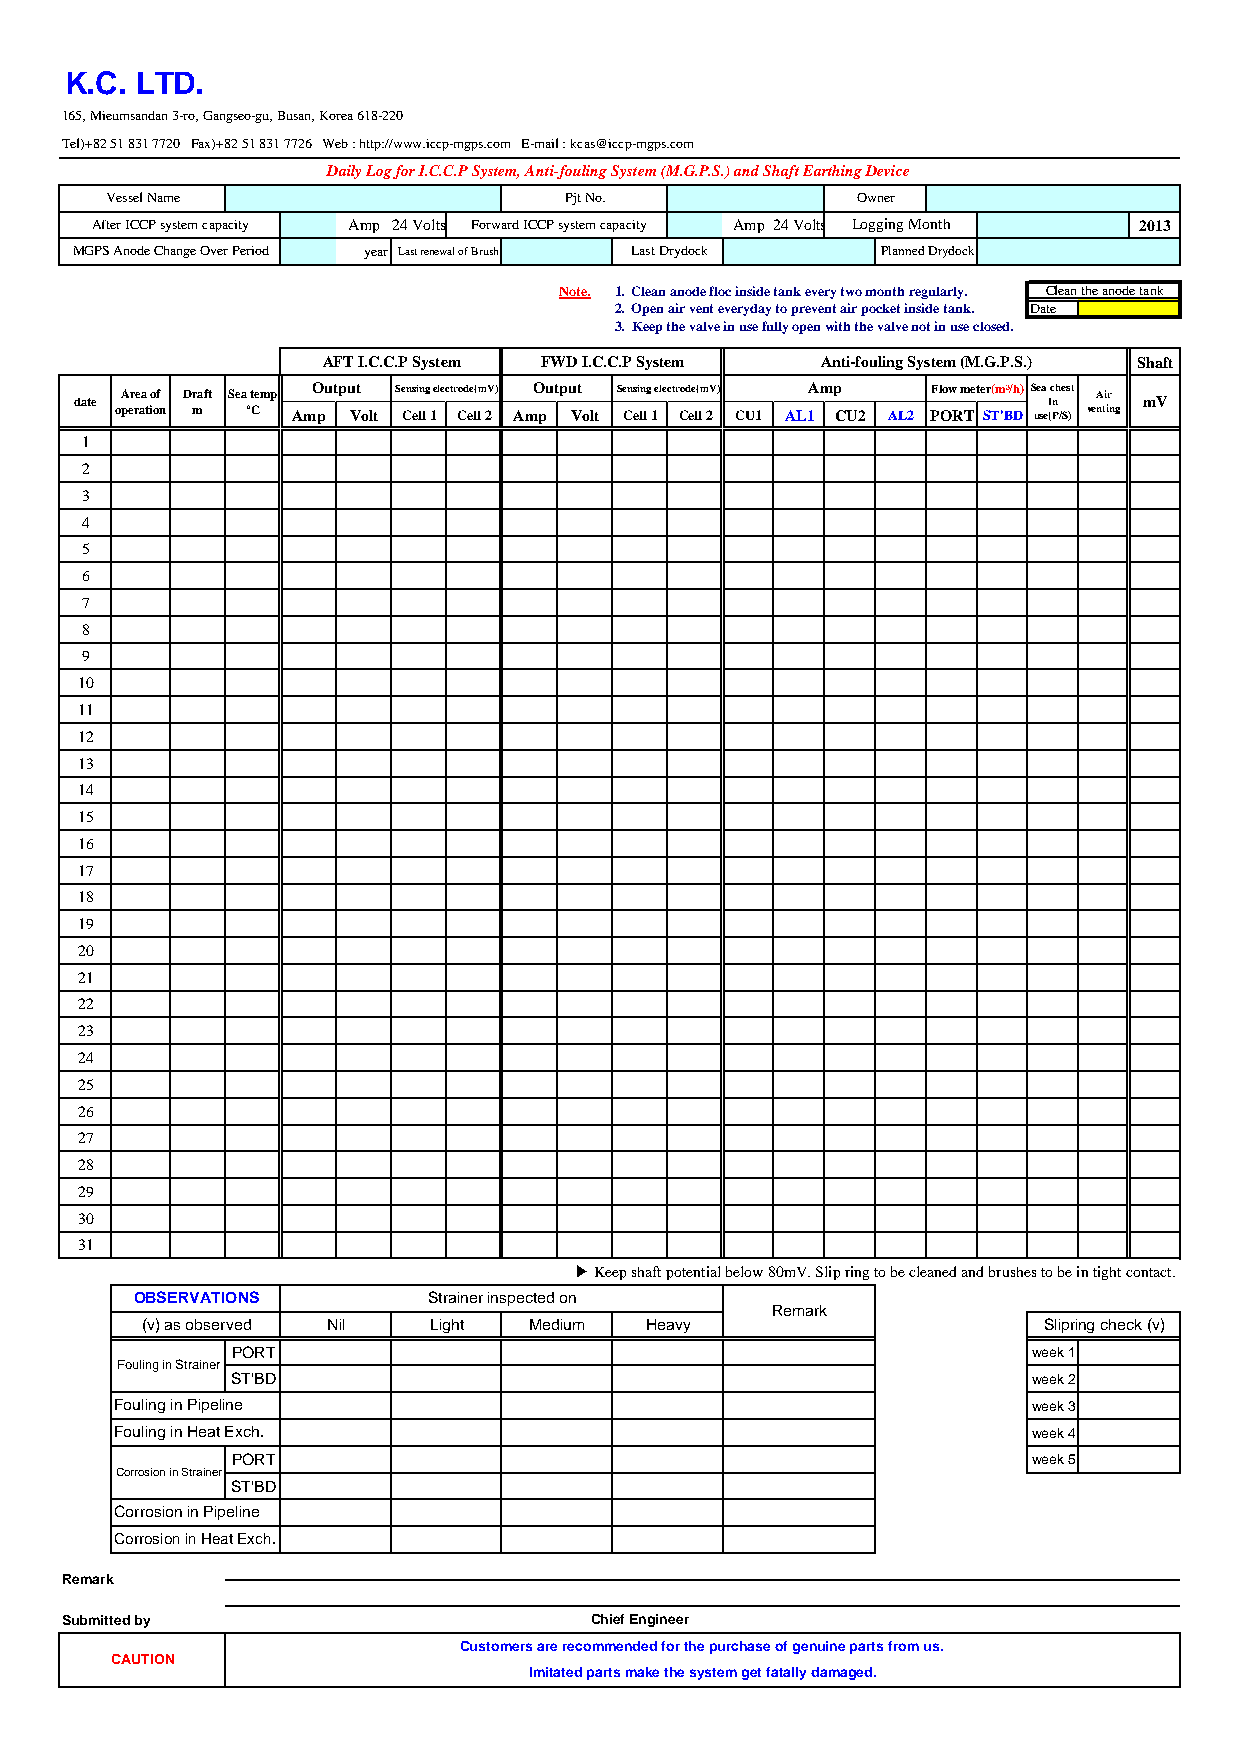
K.C. LTD.
 165, Mieumsandan 3-ro, Gangseo-gu, Busan, Korea 618-220
 Tel)+82 51 831 7720 Fax)+82 51 831 7726 Web : http://www.iccp-mgps.com E-mail : kcas@iccp-mgps.com
 Daily Log for I.C.C.P System, Anti-fouling System (M.G.P.S.) and Shaft Earthing Device
 Vessel Name                   Pjt No.             Owner
 After ICCP system capacity Amp 24 Volts Forward ICCP system capacity Amp 24 Volts Logging Month 2013
 MGPS Anode Change Over Period year Last renewal of Brush Last Drydock Planned Drydock
 Note. 1. Clean anode floc inside tank every two month regularly. Clean the anode tank
 2. Open air vent everyday to prevent air pocket inside tank. Date
 3. Keep the valve in use fully open with the valve not in use closed.
 AFT I.C.C.P System FWD I.C.C.P System Anti-fouling System (M.G.P.S.) Shaft
 date Area of Draft Sea temp Output Sensing electrode(mV) Output Sensing electrode(mV) Amp Flow meter(m³/h) Sea Ic nhest Air mV
 operation m °C Amp Volt Cell 1 Cell 2 Amp Volt Cell 1 Cell 2 CU1 AL1 CU2 AL2 PORT ST'BD use(P/S) venting
 1
 2
 3
 4
 5
 6
 7
 8
 9
 10
 11
 12
 13
 14
 15
 16
 17
 18
 19
 20
 21
 22
 23
 24
 25
 26
 27
 28
 29
 30
 31
 ▶ Keep shaft potential below 80mV. Slip ring to be cleaned and brushes to be in tight contact.
 OBSERVATIONS       Strainer inspected on
 Remark
 (v) as observed Nil Light Medium  Heavy                     Slipring check (v)
 PORT                                                 week 1
 Fouling in Strainer
 ST'BD                                                week 2
 Fouling in Pipeline                                         week 3
 Fouling in Heat Exch.                                       week 4
 PORT                                                 week 5
 Corrosion in Strainer
 ST'BD
 Corrosion in Pipeline
 Corrosion in Heat Exch.
 Remark
 Submitted by                       Chief Engineer
 Customers are recommended for the purchase of genuine parts from us.
 CAUTION
 Imitated parts make the system get fatally damaged.